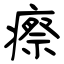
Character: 瘵